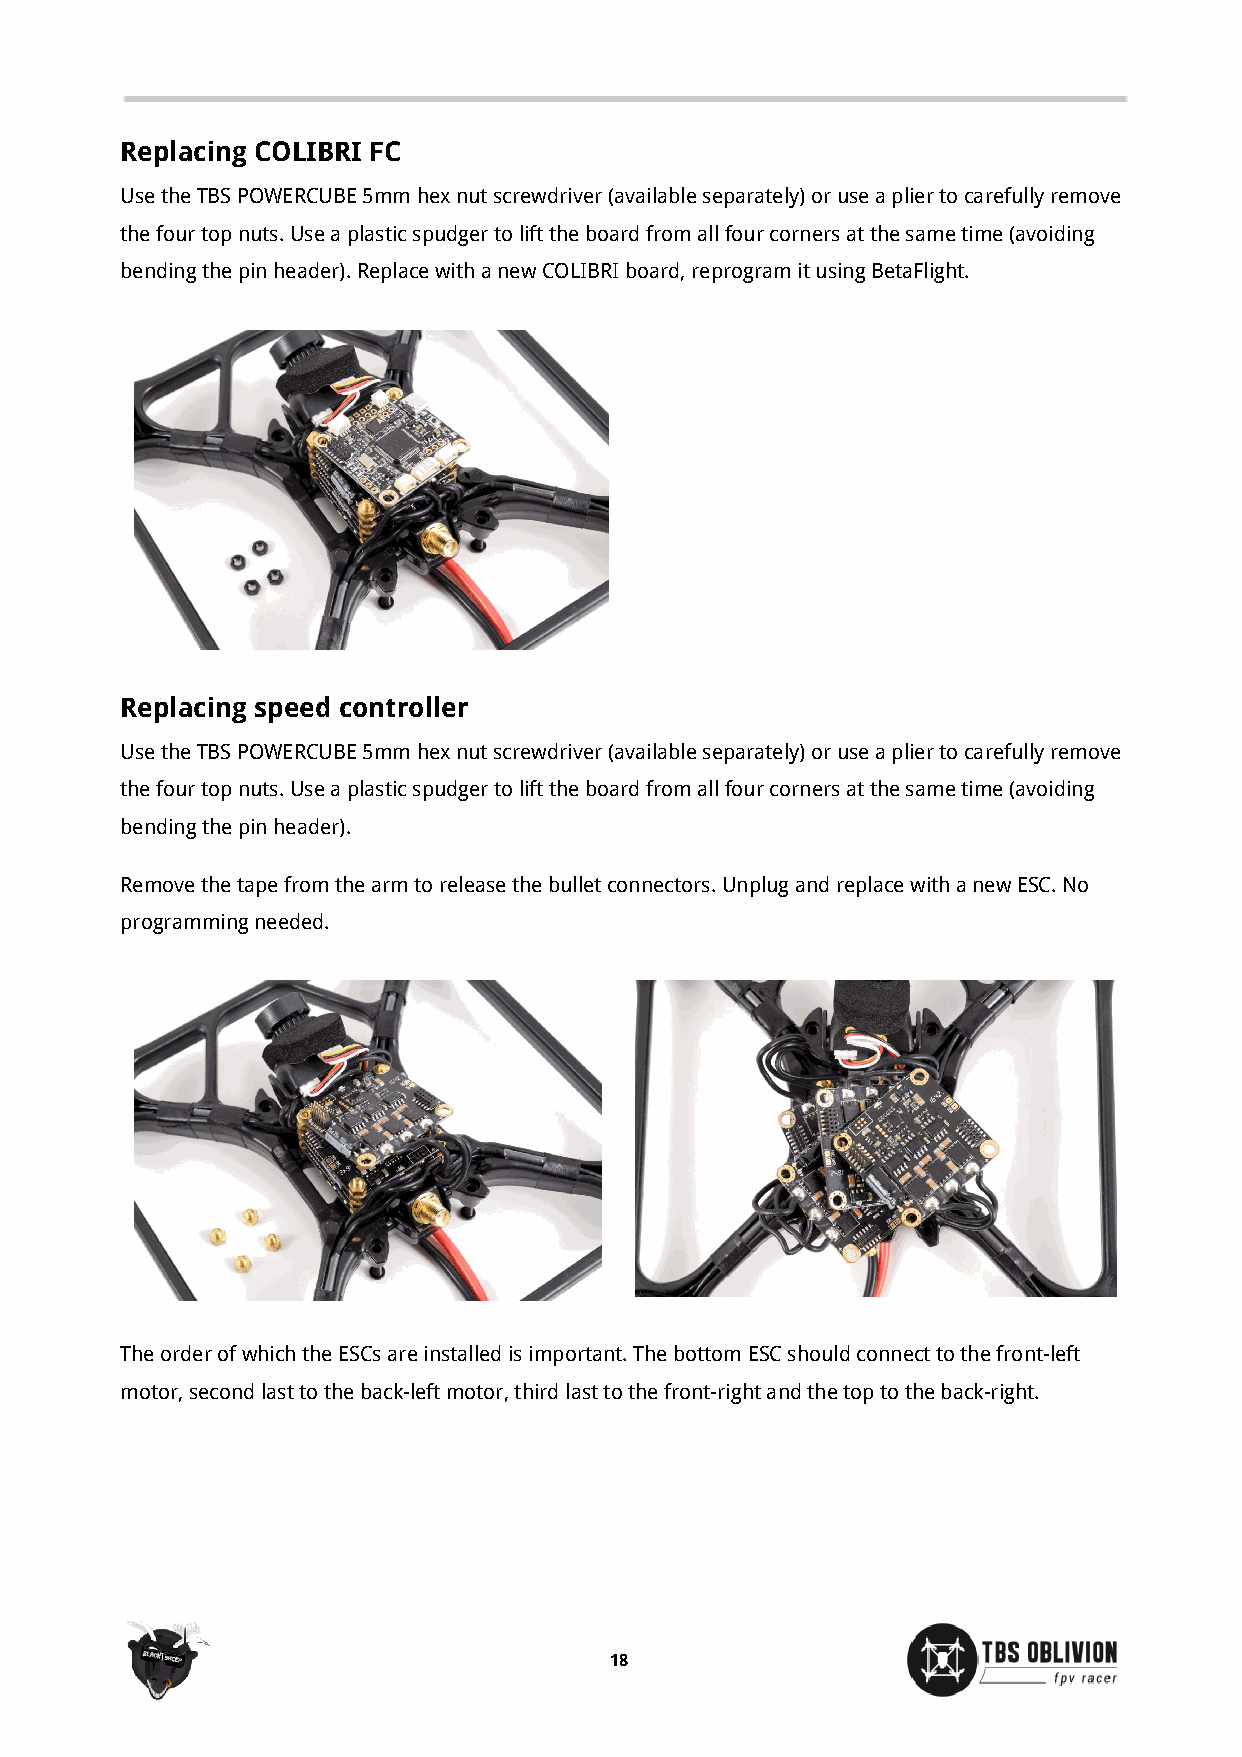
Replacing COLIBRI FC
 Use the TBS POWERCUBE 5mm hex nut screwdriver (available separately) or use a plier to carefully remove
 the four top nuts. Use a plastic spudger to lift the board from all four corners at the same time (avoiding
 bending the pin header). Replace with a new COLIBRI board, reprogram it using BetaFlight.
 Replacing speed controller
 Use the TBS POWERCUBE 5mm hex nut screwdriver (available separately) or use a plier to carefully remove
 the four top nuts. Use a plastic spudger to lift the board from all four corners at the same time (avoiding
 bending the pin header).
 Remove the tape from the arm to release the bullet connectors. Unplug and replace with a new ESC. No
 programming needed.
 The order of which the ESCs are installed is important. The bottom ESC should connect to the front-left
 motor, second last to the back-left motor, third last to the front-right and the top to the back-right.
 18